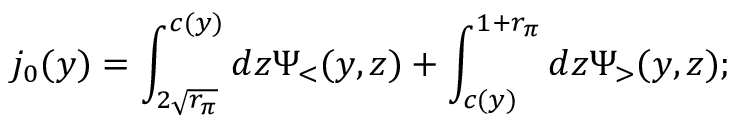
j _ { 0 } ( y ) = \int _ { 2 \sqrt { r _ { \pi } } } ^ { c ( y ) } d z \Psi _ { < } ( y , z ) + \int _ { c ( y ) } ^ { 1 + r _ { \pi } } d z \Psi _ { > } ( y , z ) ;